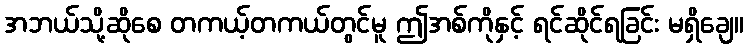
အဘယ်သို့ဆိုစေ တကယ့်တကယ်တွင်မူ ဤအစ်ကိုနှင့် ရင်ဆိုင်ရခြင်း မရှိချေ။